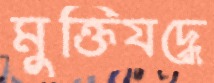
মুক্তিযদ্ধে